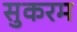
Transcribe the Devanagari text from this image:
सुकरम